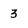
Character: 3